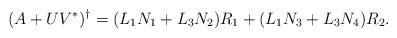
LaTeX: \begin{align*}(A+UV^{\ast})^{\dagger}=(L_{1}N_{1}+L_{3}N_{2})R_{1}+(L_{1}N_{3}+L_{3}N_{4})R_{2}.\end{align*}